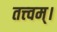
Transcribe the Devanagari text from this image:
तत्त्‍वम्।